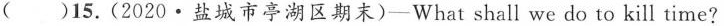
( )15.(2020\cdot盐城市亭湖区期末)—What shall we do to kill time？